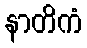
နာတိကံ